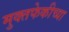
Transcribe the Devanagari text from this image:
मुक्तफेकीच्या